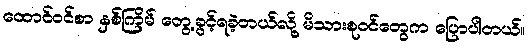
ထောင်ဝင်စာ နှစ်ကြိမ် တွေ့ခွင့်ရခဲ့တယ်လို့ မိသားစုဝင်တွေက ပြောပါတယ်။